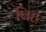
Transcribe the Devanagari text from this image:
बिह